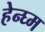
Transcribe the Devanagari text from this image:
हेन्घ्म